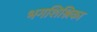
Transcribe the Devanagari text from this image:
भगशिश्निका